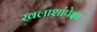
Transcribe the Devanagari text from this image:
खलाशांपेक्षा